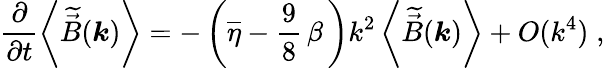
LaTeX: \frac{\partial}{\partial t}\left<\widetilde{\vec{B}}(\boldsymbol{k})\right>=-\left(\overline{{\eta}}-\frac{9}{8}\, \beta\, \right)k^{2}\left<\widetilde{\vec{B}}(\boldsymbol{k})\right>+O(k^{4})\; ,